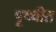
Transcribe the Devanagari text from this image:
पृथ्वीत